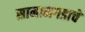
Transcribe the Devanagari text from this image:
सामानगडाचे